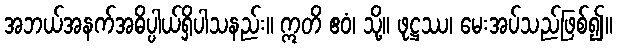
အဘယ်အနက်အဓိပ္ပါယ်ရှိပါသနည်း။ ဣတိ ဧဝံ၊ သို့။ ဖုဋ္ဌဿ၊ မေးအပ်သည်ဖြစ်၍။